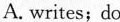
A. writes; do